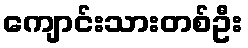
ကျောင်းသားတစ်ဦး